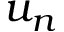
u _ { n }